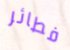
فطائر